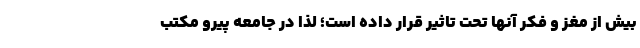
بیش از مغز و فکر آنها تحت تاثیر قرار داده است؛ لذا در جامعه پیرو مکتب